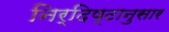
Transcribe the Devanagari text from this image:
निर्दिष्टानुसार